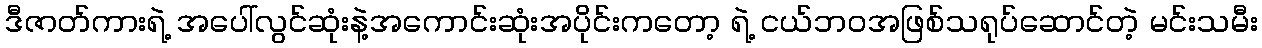
ဒီဇာတ်ကားရဲ့ အပေါ်လွင်ဆုံးနဲ့အကောင်းဆုံးအပိုင်းကတော့ ရဲ့ ငယ်ဘဝအဖြစ်သရုပ်ဆောင်တဲ့ မင်းသမီး